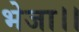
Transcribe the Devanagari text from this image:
भेजा।।